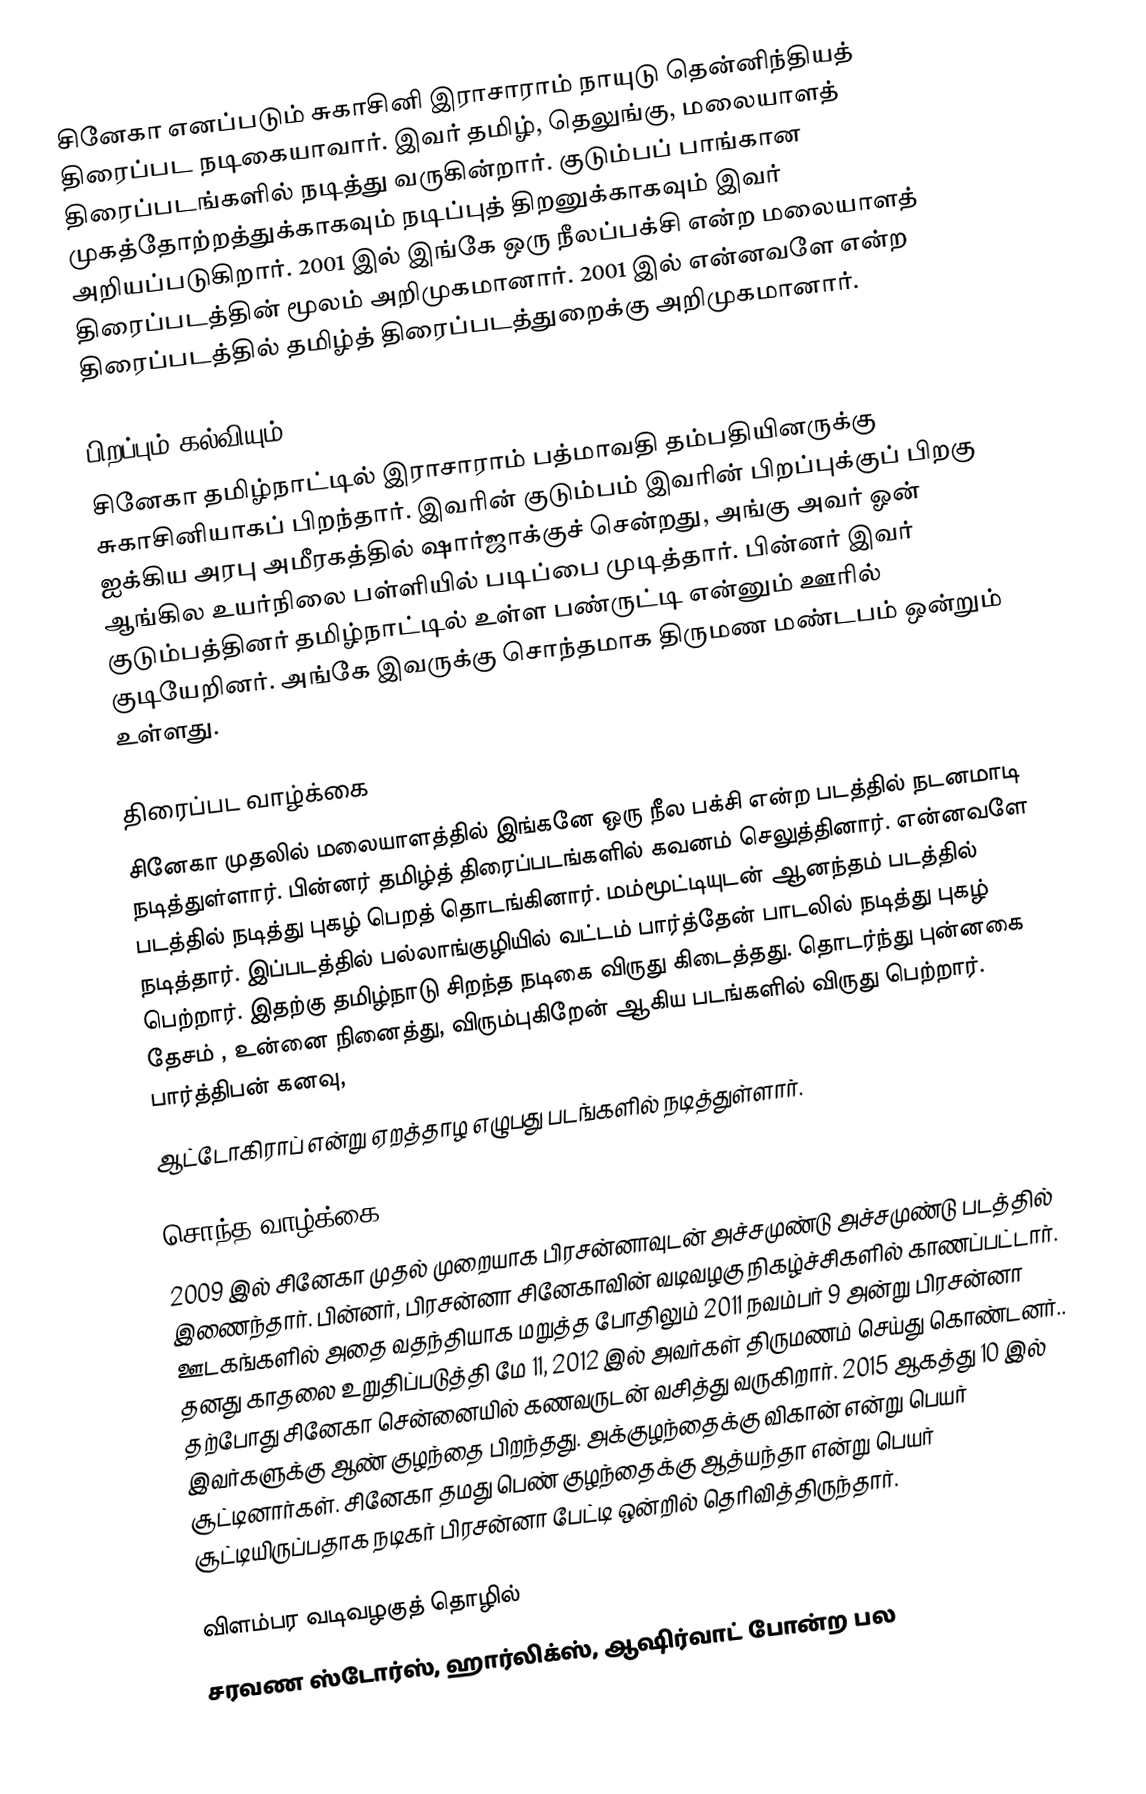
சினேகா எனப்படும் சுகாசினி இராசாராம் நாயுடு தென்னிந்தியத் திரைப்பட நடிகையாவார். இவர் தமிழ், தெலுங்கு, மலையாளத் திரைப்படங்களில் நடித்து வருகின்றார். குடும்பப் பாங்கான முகத்தோற்றத்துக்காகவும் நடிப்புத் திறனுக்காகவும் இவர் அறியப்படுகிறார். 2001 இல் இங்கே ஒரு நீலப்பக்சி என்ற மலையாளத் திரைப்படத்தின் மூலம் அறிமுகமானார். 2001 இல் என்னவளே என்ற திரைப்படத்தில் தமிழ்த் திரைப்படத்துறைக்கு அறிமுகமானார்.

பிறப்பும் கல்வியும்
சினேகா தமிழ்நாட்டில் இராசாராம் பத்மாவதி தம்பதியினருக்கு சுகாசினியாகப் பிறந்தார். இவரின் குடும்பம் இவரின் பிறப்புக்குப் பிறகு  ஐக்கிய அரபு அமீரகத்தில் ஷார்ஜாக்குச் சென்றது, அங்கு அவர் ஓன் ஆங்கில உயர்நிலை பள்ளியில் படிப்பை முடித்தார். பின்னர் இவர் குடும்பத்தினர் தமிழ்நாட்டில் உள்ள பண்ருட்டி என்னும் ஊரில்  குடியேறினர். அங்கே இவருக்கு சொந்தமாக திருமண மண்டபம் ஒன்றும் உள்ளது.

திரைப்பட வாழ்க்கை
சினேகா முதலில் மலையாளத்தில் இங்கனே ஒரு நீல பக்சி என்ற படத்தில் நடனமாடி நடித்துள்ளார். பின்னர் தமிழ்த் திரைப்படங்களில் கவனம் செலுத்தினார். என்னவளே படத்தில் நடித்து புகழ் பெறத் தொடங்கினார். மம்மூட்டியுடன் ஆனந்தம் படத்தில் நடித்தார். இப்படத்தில்  பல்லாங்குழியில் வட்டம் பார்த்தேன் பாடலில் நடித்து புகழ் பெற்றார். இதற்கு தமிழ்நாடு சிறந்த நடிகை விருது கிடைத்தது. தொடர்ந்து புன்னகை தேசம் , உன்னை நினைத்து, விரும்புகிறேன் ஆகிய படங்களில் விருது பெற்றார். பார்த்திபன் கனவு,
ஆட்டோகிராப் என்று ஏறத்தாழ எழுபது படங்களில் நடித்துள்ளார்.

சொந்த வாழ்க்கை
2009  இல் சினேகா முதல் முறையாக பிரசன்னாவுடன்  அச்சமுண்டு அச்சமுண்டு படத்தில்  இணைந்தார். பின்னர், பிரசன்னா சினேகாவின் வடிவழகு நிகழ்ச்சிகளில் காணப்பட்டார். ஊடகங்களில் அதை வதந்தியாக மறுத்த போதிலும்  2011 நவம்பர் 9 அன்று பிரசன்னா தனது காதலை உறுதிப்படுத்தி மே 11, 2012 இல் அவர்கள் திருமணம் செய்து கொண்டனர்.. தற்போது சினேகா சென்னையில் கணவருடன் வசித்து வருகிறார். 2015 ஆகத்து 10  இல் இவர்களுக்கு  ஆண் குழந்தை பிறந்தது. அக்குழந்தைக்கு விகான் என்று பெயர் சூட்டினார்கள். சினேகா தமது பெண் குழந்தைக்கு ஆத்யந்தா என்று பெயர் சூட்டியிருப்பதாக நடிகர் பிரசன்னா பேட்டி ஒன்றில் தெரிவித்திருந்தார்.

விளம்பர வடிவழகுத் தொழில்
சரவண ஸ்டோர்ஸ், ஹார்லிக்ஸ், ஆஷிர்வாட் போன்ற பல